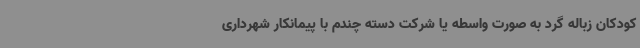
کودکان زباله گرد به صورت واسطه یا شرکت دسته چندم با پیمانکار شهرداری